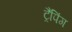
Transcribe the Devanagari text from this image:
ट्रैपिंग